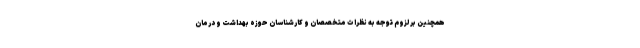
همچنین بر لزوم توجه به نظرات متخصصان و کارشناسان حوزه بهداشت و درمان